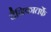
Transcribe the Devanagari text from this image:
दैनिकातर्फे